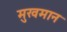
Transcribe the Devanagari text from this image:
मुखमान